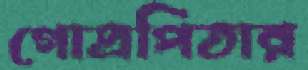
গোত্রপিতার